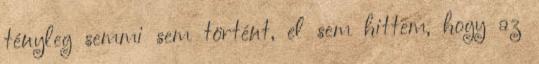
tényleg semmi sem történt, el sem hittem, hogy az